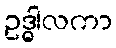
ဥဒ္ဓါလကာ